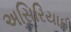
અસિરિયાઈ